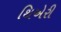
થિએરી